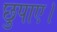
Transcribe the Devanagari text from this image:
छुपाए।